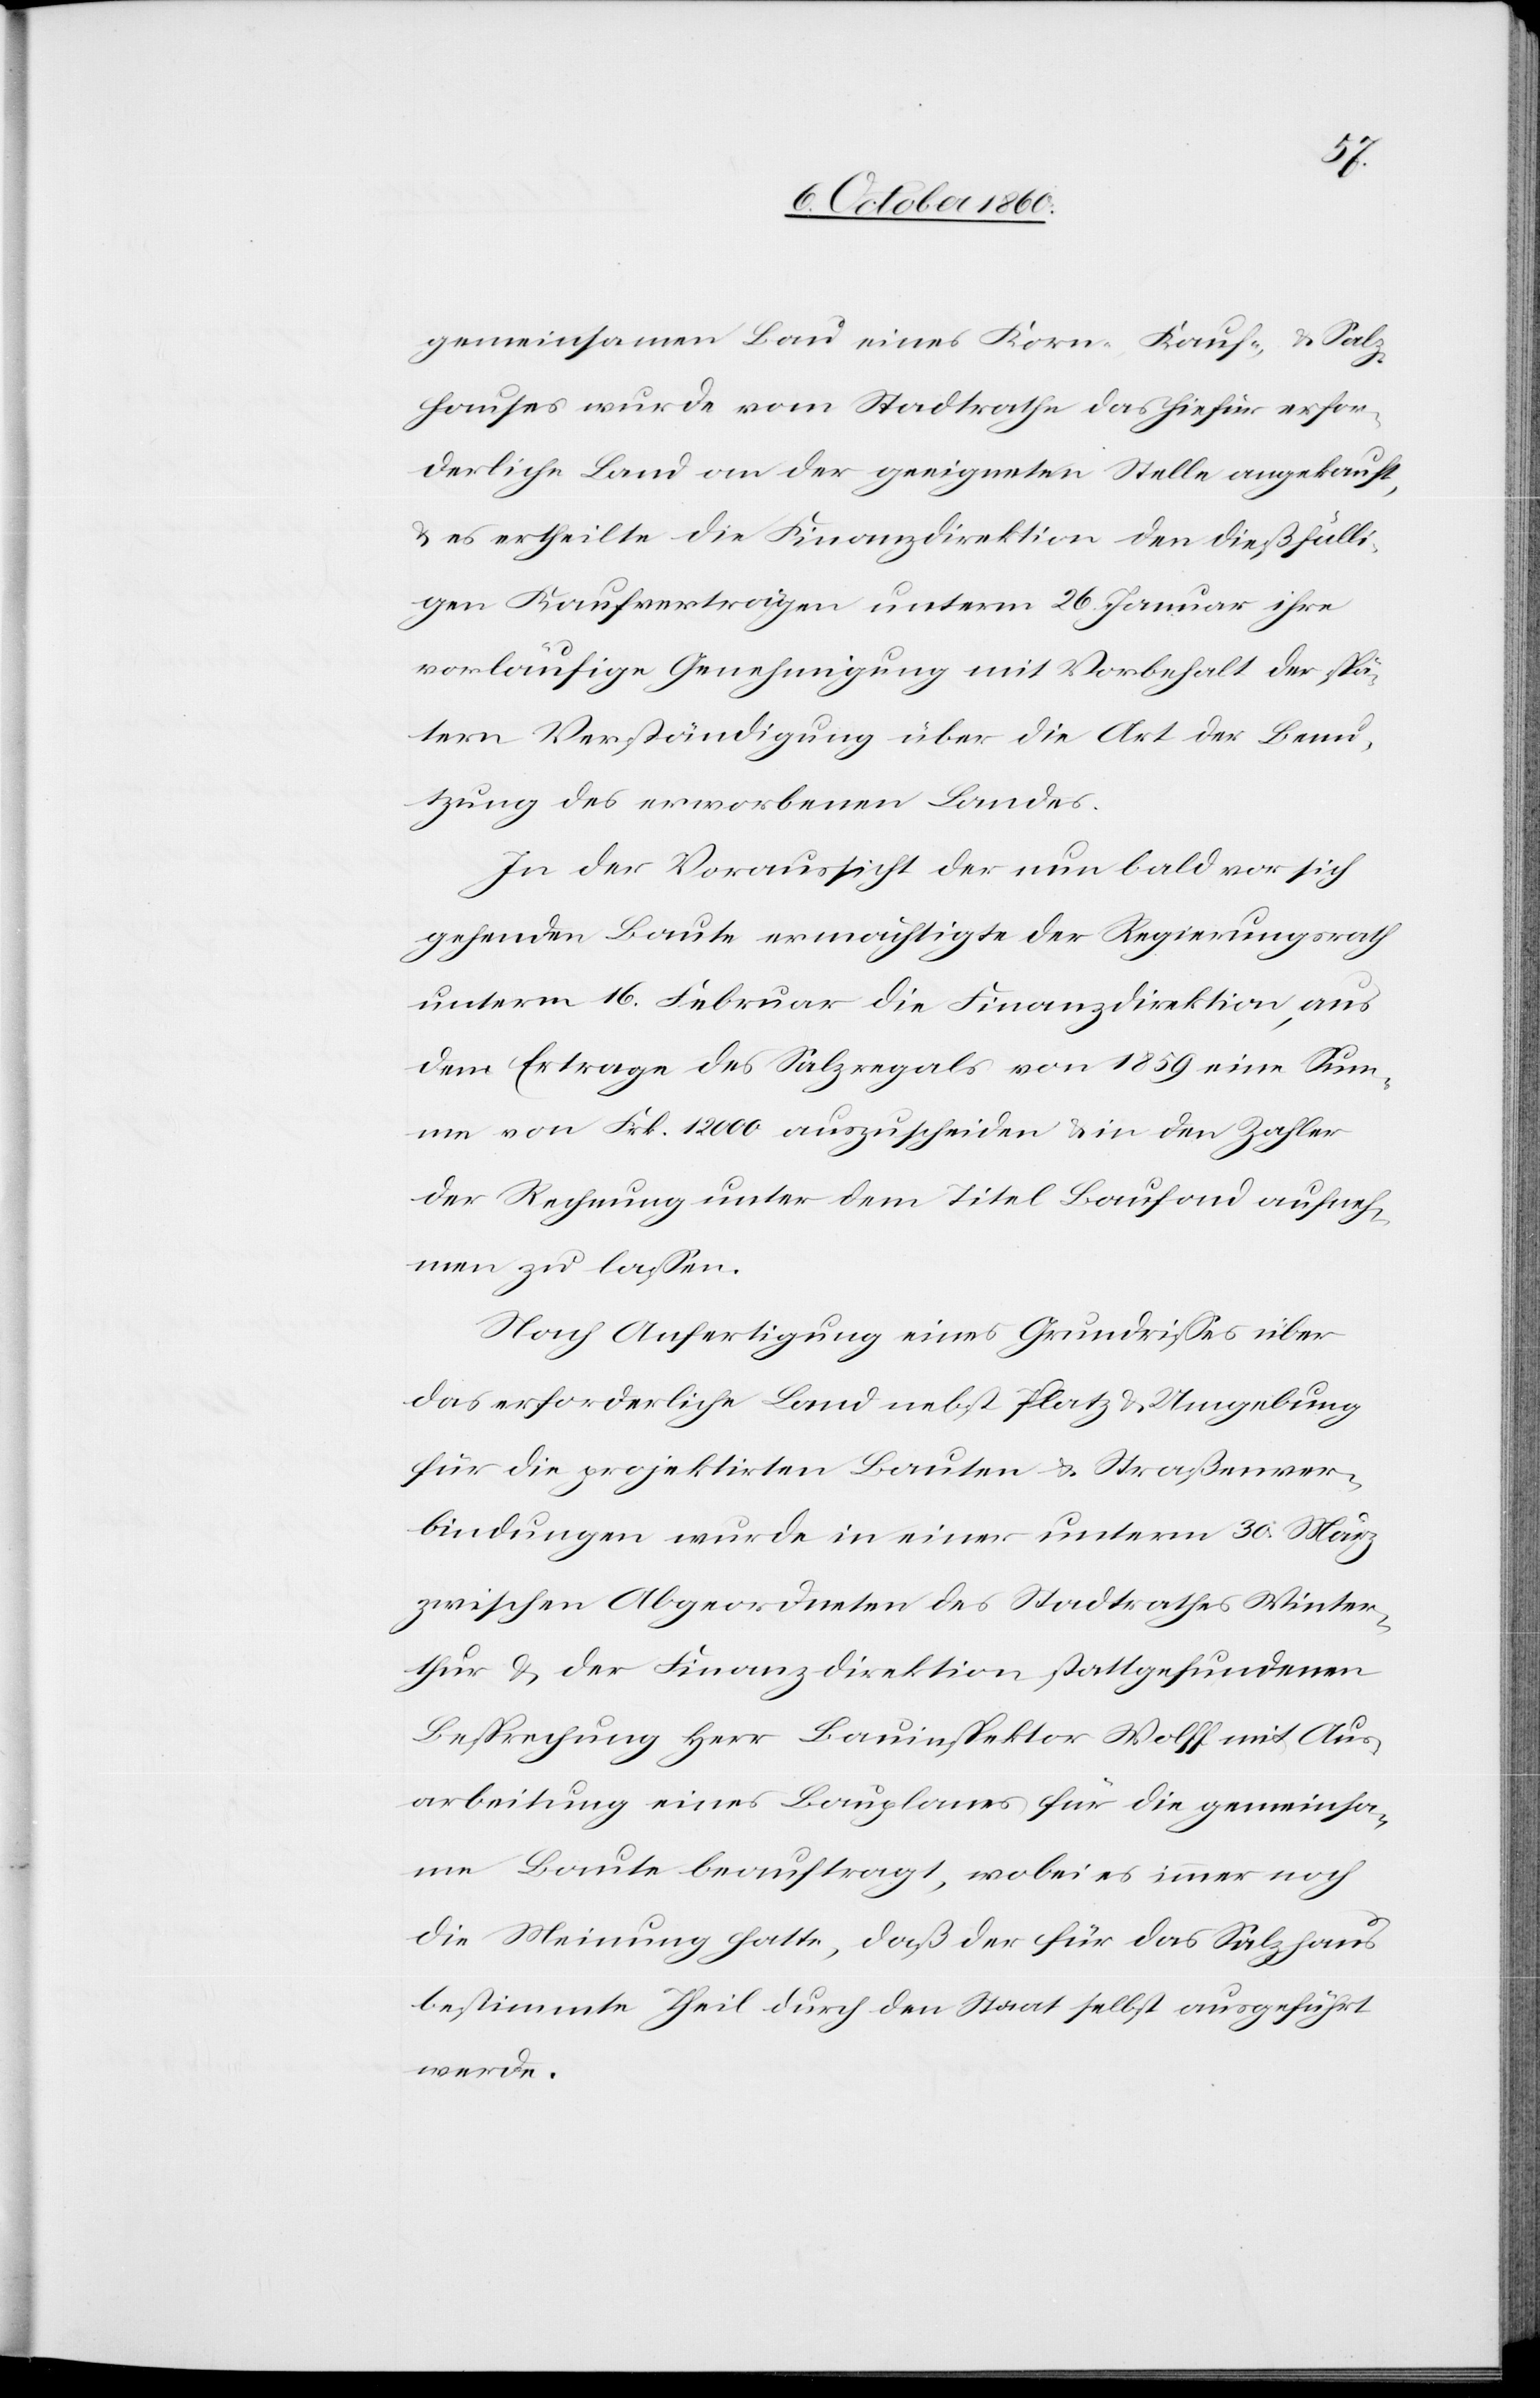
gemeinsamen Bau eines Korn-[,] Kauf- u. Salz¬
hauses wurde vom Stadtrathe das hiefür erfor¬
derliche Land an der geeigneten Stelle angekauft,
u. es ertheilte die Finanzdirektion den dießfälli¬
gen Kaufverträgen unterm 26. Januar ihre
vorläufige Genehmigung mit Vorbehalt der spä¬
tern Verständigung über die Art der Benu¬
tzung des erworbenen Landes.
In der Voraussicht der nun bald vor sich
gehenden Baute ermächtigte der Regierungsrath
unterm 16. Februar die Finanzdirektion, aus
dem Ertrage des Salzregals von 1859 eine Sum¬
me von Frk. 12 000 auszuscheiden u. in den Zahler
der Rechnung unter dem Titel Baufond aufneh¬
men zu lassen.
Nach Anfertigung eines Grundrisses über
das erforderliche Land nebst Platz u. Umgebung
für die projektirten Bauten u. Straßenver¬
bindungen wurde in einer unterm 30. März
zwischen Abgeordneten des Stadtrathes Winter¬
thur u. der Finanzdirektion stattgefundenen
Besprechung Herr Bauinspektor Wolff mit Aus¬
arbeitung eines Bauplanes für die gemeinsa¬
me Baute beauftragt, wobei es immer noch
die Meinung hatte, daß der für das Salzhaus
bestimmte Theil durch den Staat selbst ausgeführt
werde.